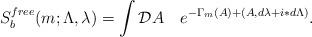
LaTeX: \begin{align*}S^{free}_{b}(m;\Lambda,\lambda)=\int{\cal D}A\quad e^{-\Gamma_m(A)+(A,d\lambda+i\ast d\Lambda)}.\end{align*}